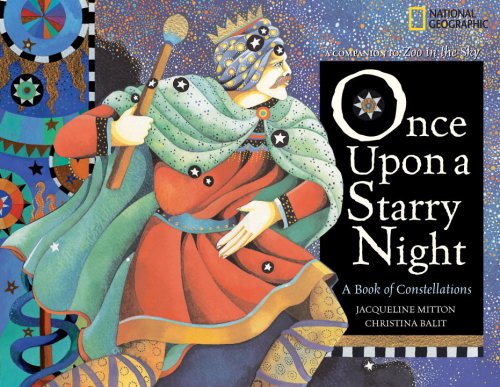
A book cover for Once Upon a Starry Night: A  Book of Constellations; Jacqueline Mitton; Science & Math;